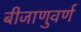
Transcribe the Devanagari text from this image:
बीजाणुवर्ण